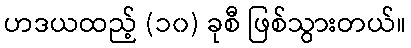
ဟဒယထည့် (၁၀) ခုစီ ဖြစ်သွားတယ်။